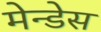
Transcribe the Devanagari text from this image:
मेन्डेस